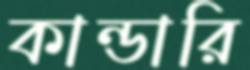
কান্ডারি